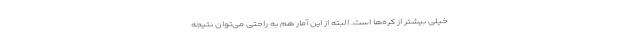
خیلی بیشتر از کره‌ها است. البته از این آمار هم به راحتی می‌توان نتیجه